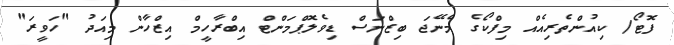
ފޮޓޯ/ ކިއުންތެރިއެއް މިފްކޯގެ މެނޭޖަ ބިޒްނަސް ޑިވެލޮޕްމަންޓް އިބްރާހީމް އިޒްހާން މިއަދު "ހަވީރަ"